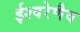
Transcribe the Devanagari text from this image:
ईश्वरेणैव